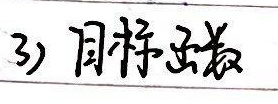
3) 同株异花